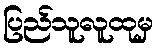
ပြည်သူလူထုမှ